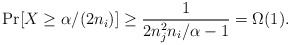
\begin{align*} \Pr[X \ge \alpha/(2n_i)] \ge \frac{1}{2n_j^2n_i/\alpha - 1} = \Omega(1). \end{align*}